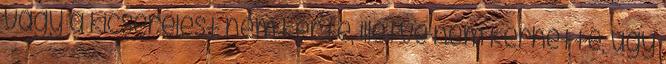
vagy a kicserélést nem kérte, illetve nem kérhette, úgy